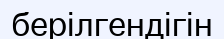
берілгендігін